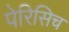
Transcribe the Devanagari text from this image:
पेरिसिच